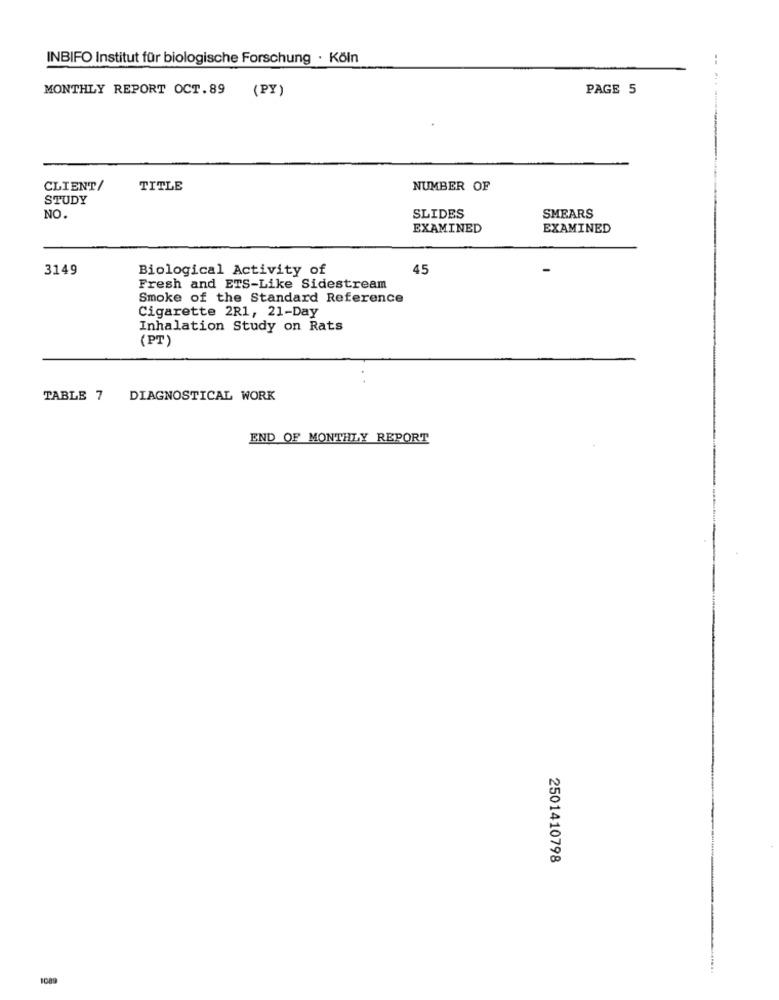
INBIFO Institut für biologische Forschung · Köln
PAGE 5
MONTHLY REPORT OCT.89 (PY)
CLIENT/
TITLE
NUMBER OF
STUDY
NO.
SLIDES
SMEARS
EXAMINED
EXAMINED
3149
Biological Activity of
45
Fresh and ETS-Like Sidestream
Smoke of the Standard Reference
Cigarette 2R1, 21-Day
Inhalation Study on Rats
(PT)
TABLE 7 DIAGNOSTICAL WORK
END OF MONTHLY REPORT
2501410798
1089